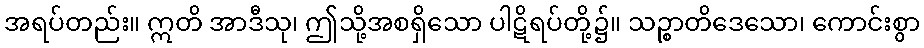
အရပ်တည်း။ ဣတိ အာဒီသု၊ ဤသို့အစရှိသော ပါဋိရပ်တို့၌။ သဉ္စာတိဒေသော၊ ကောင်းစွာ